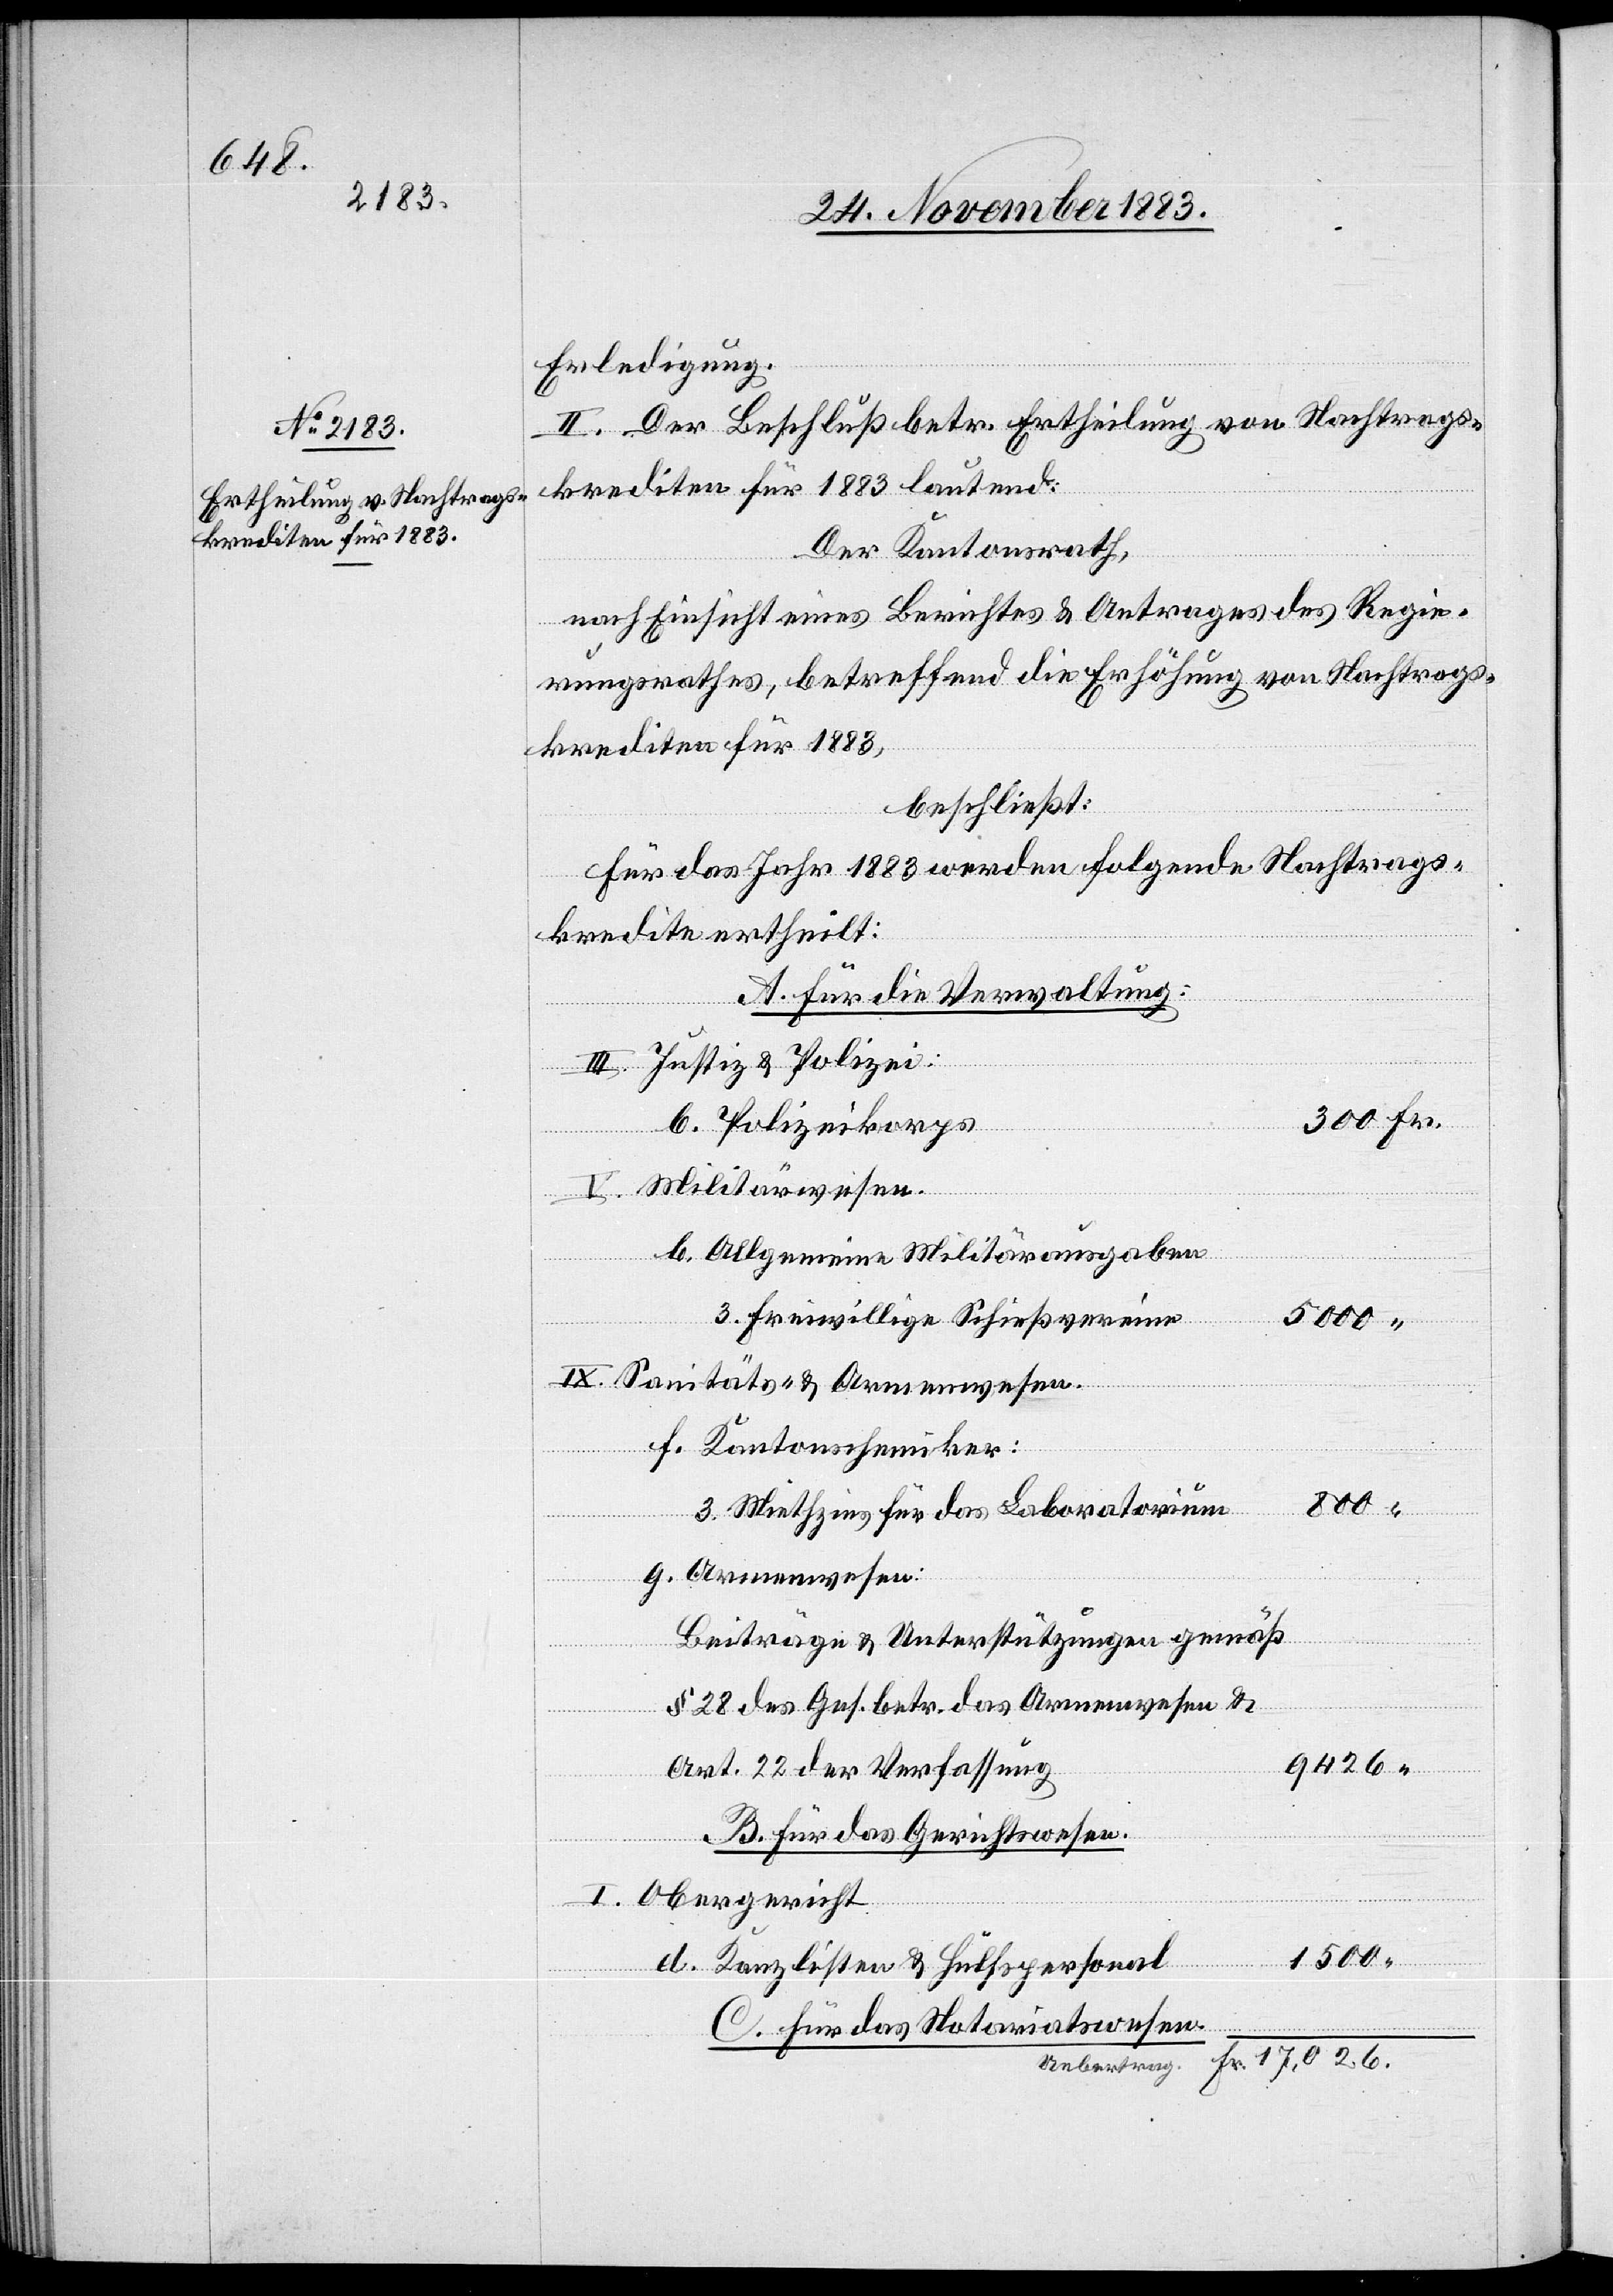
Erledigung.
II. Der Beschluß betr. Ertheilung von Nachtrags¬
krediten für 1883 lautend:
Der Kantonsrath,
nach Einsicht eines Berichtes & Antrages des Regie¬
rungsrathes, betreffend die Erhöhung von Nachtrags¬
krediten für 1883,
beschließt:
Für das Jahr 1883 werden folgende Nachtrags¬
kredite ertheilt:
A. Für die Verwaltung:
Justiz & Polizei:
b. Polizeikorps
Militärwesen.
b. Allgemeinde Militärausgaben
3. freiwillige Schießvereine
Sanitäts- & Armenwesen.
f. Kantonschemiker:
800
“
3. Miethzins für das Laboratorium
g. Armenwesen:
Beiträge & Unterstützungen gemäß
§ 28 des Ges. betr. das Armenwesen &
9426
Art 22 der Verfassung
B. Für das Gerichtswesen.
Obergericht
1500
“
d. Kanzlisten & Hülfspersonal
C. Für das Notariatswesen.